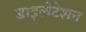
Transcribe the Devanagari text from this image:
डाइलेटेशन